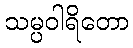
သမ္ပဝါရိတော